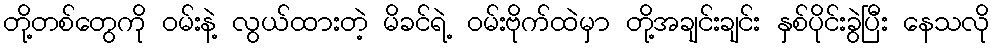
တို့တစ်တွေကို ဝမ်းနဲ့ လွယ်ထားတဲ့ မိခင်ရဲ့ ဝမ်းဗိုက်ထဲမှာ တို့အချင်းချင်း နှစ်ပိုင်းခွဲပြီး နေသလို